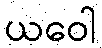
ယဝေါ